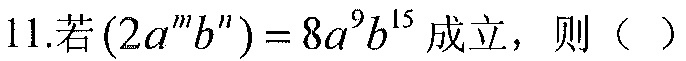
11.若\((2a^{m}b^{n}) = 8a^{9}b^{15}\)成立，则（ ）